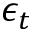
\epsilon _ { t }